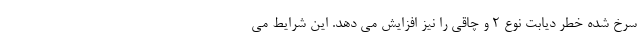
سرخ شده خطر دیابت نوع 2 و چاقی را نیز افزایش می دهد. این شرایط می